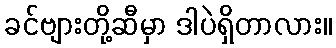
ခင်ဗျားတို့ဆီမှာ ဒါပဲရှိတာလား။